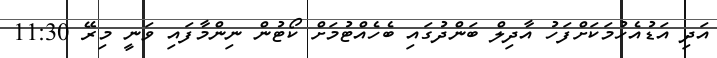
އަދި އަޑުއެހުމަކަށްފަހު އާދިލް ބަންދުގައި ބެހެއްޓުމަށް ކޯޓުން ނިންމާފައި ވަނީ މިރޭ 11:30